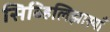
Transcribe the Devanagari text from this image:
सिव्हिलिझास्याँ